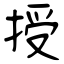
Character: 授